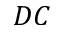
D C